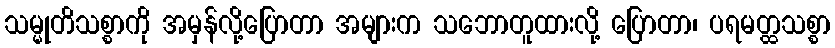
သမ္မုတိသစ္စာကို အမှန်လို့ပြောတာ အများက သဘောတူထားလို့ ပြောတာ၊ ပရမတ္ထသစ္စာ